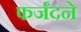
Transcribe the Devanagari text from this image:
फर्जंदने